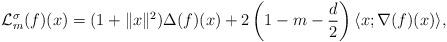
LaTeX: \begin{align*}\mathcal{L}^\sigma_m(f)(x) = (1+ \|x\|^2) \Delta(f)(x) +2\left(1 - m -\frac{d}{2}\right)\langle x ; \nabla(f)(x) \rangle, \end{align*}